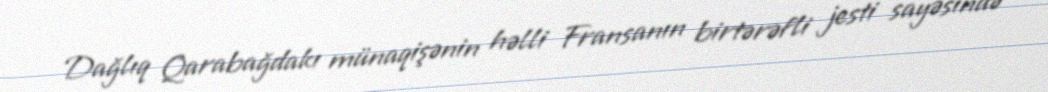
Dağlıq Qarabağdakı münaqişənin həlli Fransanın birtərəfli jesti sayəsində